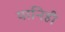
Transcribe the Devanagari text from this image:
यानिही